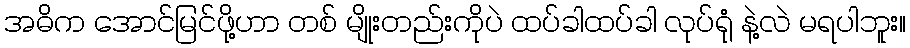
အဓိက အောင်မြင်ဖို့ဟာ တစ် မျိုးတည်းကိုပဲ ထပ်ခါထပ်ခါ လုပ်ရုံ နဲ့လဲ မရပါဘူး။